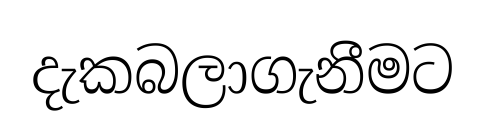
දැකබලාගැනීමට